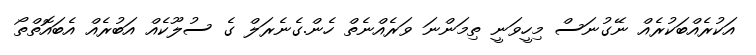
އަކުރެއްބަކުރެއް ނޭގުނަސް މިހީވަނީ ތިމަންނަ ވަރެއްނެތް ހެން.ގެނެރަލް ގެ ސުލޫކެއް އަބުރެއް އެބައޮތްތޯ